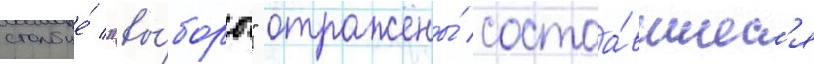
столбце́ "вы́боры" отражены́ состоа́вшиес'я